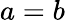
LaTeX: a=b